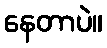
နေတာပဲ။